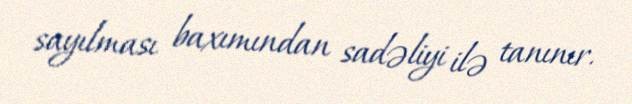
sayılması baxımından sadəliyi ilə tanınır.